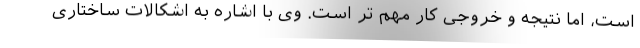
است، اما نتیجه و خروجی کار مهم تر است. وی با اشاره به اشکالات ساختاری